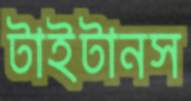
টাইটানস